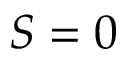
S = 0